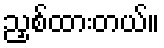
ညှစ်ထားတယ်။